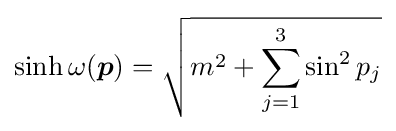
\sinh \omega ({\boldsymbol {p}})={\sqrt {m^{2}+\sum _{j=1}^{3}\sin ^{2}p_{j}}}